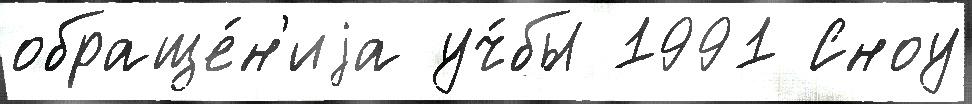
обраще́н'иjа уч́бы 1991 Сноу